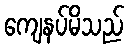
ကျေနပ်မိသည်